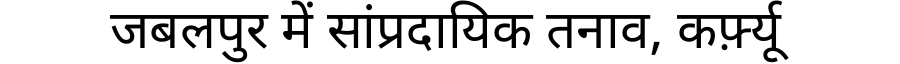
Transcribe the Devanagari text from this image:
जबलपुर में सांप्रदायिक तनाव, कर्फ़्यू